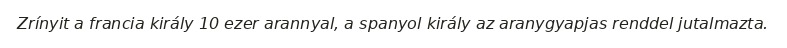
Zrínyit a francia király 10 ezer arannyal, a spanyol király az aranygyapjas renddel jutalmazta.